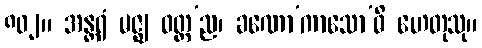
၈၀၂။ အန္တရံ မဇ္ဈ ဝတ္ထ’ည၊ ခဏော’ကာသော’ဓိ ဟေတုသု။